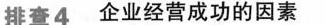
排查4企业经营成功的因素